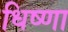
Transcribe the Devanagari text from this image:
धिष्णा